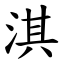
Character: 淇